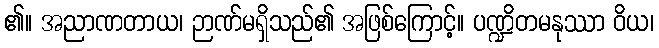
၏။ အညာဏတာယ၊ ဉာဏ်မရှိသည်၏ အဖြစ်ကြောင့်။ ပဏ္ဍိတမနုဿာ ဝိယ၊